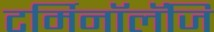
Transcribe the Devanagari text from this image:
टर्मिनॉलॅजि